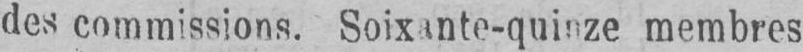
des commissions. Soixante-quinze membres